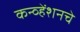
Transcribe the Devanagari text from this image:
कन्व्हेंशनचे